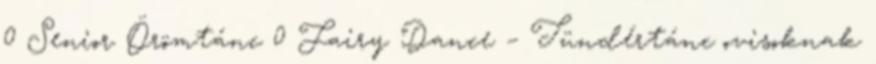
0 Senior Örömtánc 0 Fairy Dance – Tündértánc ovisoknak